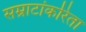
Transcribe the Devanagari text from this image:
सम्राटांकरिता